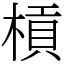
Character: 槓